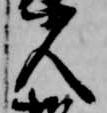
人